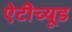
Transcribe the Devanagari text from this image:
ऐटीच्यूड